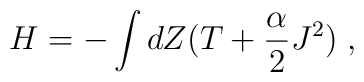
H=- \int dZ \bigl(T+\frac{\alpha}{2} J^2 \bigr)\;,